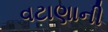
વટાણાની